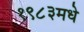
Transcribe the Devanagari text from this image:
१९८३मधे